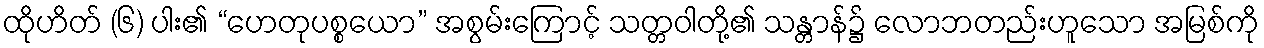
ထိုဟိတ် (၆) ပါး၏ “ဟေတုပစ္စယော” အစွမ်းကြောင့် သတ္တဝါတို့၏ သန္တာန်၌ လောဘတည်းဟူသော အမြစ်ကို